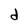
Character: d